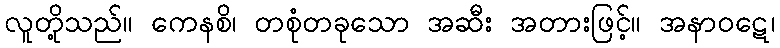
လူတို့သည်။ ကေနစိ၊ တစုံတခုသော အဆီး အတားဖြင့်။ အနာဝဋေ၊